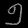
Digit: ၅